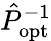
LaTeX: \hat{P}_{\mathrm{opt}}^{-1}